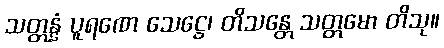
သတ္တန္နံ ပူရဏေ သေဋ္ဌေ၊ တိသန္တေ သတ္တမော တိသု။